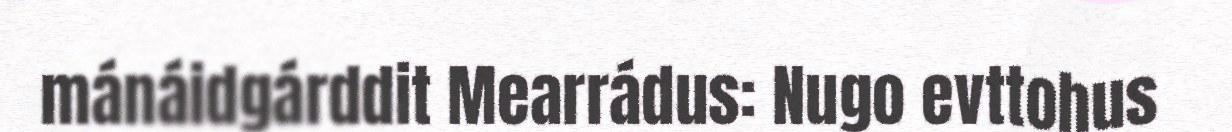
mánáidgárddit Mearrádus: Nugo evttohus